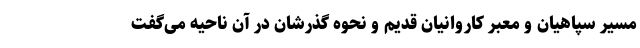
مسیر سپاهیان و مَعبرِ کاروانیانِ قدیم و نحوه گذرشان در آن ناحیه می‌گفت